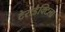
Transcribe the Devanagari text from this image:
टेरोडैक्टिला